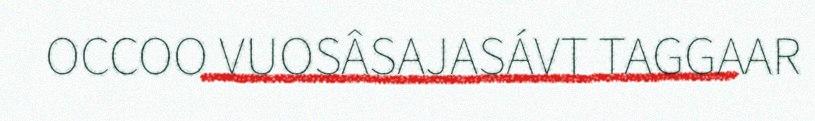
OCCOO VUOSÂSAJASÁVT TAGGAAR